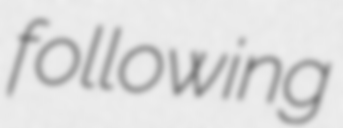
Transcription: following